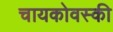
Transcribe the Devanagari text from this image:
चायकोवस्की